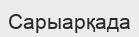
Сарыарқада